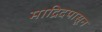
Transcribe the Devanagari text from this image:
माद्रिदपासून